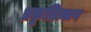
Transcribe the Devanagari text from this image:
प्रकृतित्याग